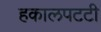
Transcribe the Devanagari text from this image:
हकालपटटी